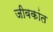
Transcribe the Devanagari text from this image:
जीवकांत